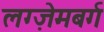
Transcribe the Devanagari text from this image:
लग्ज़ेमबर्ग